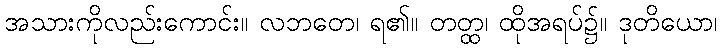
အသားကိုလည်းကောင်း။ လဘတေ၊ ရ၏။ တတ္ထ၊ ထိုအရပ်၌။ ဒုတိယော၊